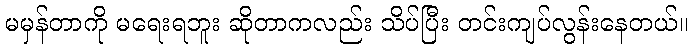
မမှန်တာကို မရေးရဘူး ဆိုတာကလည်း သိပ်ပြီး တင်းကျပ်လွန်းနေတယ်။